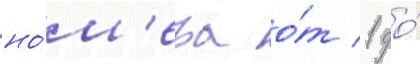
но́м'ера о́т 1 до́